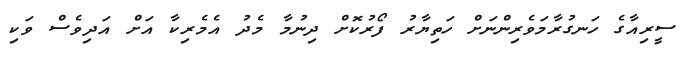
ސީރިއާގެ ހަނގުރާމަވެރިންނަށް ހަތިޔާރު ފޯރުކޮށް ދިނުމާ މެދު އެމެރިކާ އަށް އަދިވެސް ވަކި